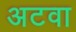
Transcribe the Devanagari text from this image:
अटवा